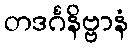
တဒင်္ဂနိဗ္ဗာနံ